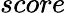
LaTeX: score